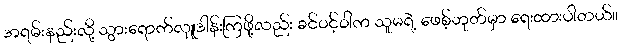
အရမ်းနည်းလို့ သွားရောက်လှူဒါန်းကြဖို့လည်း ခင်ဝင့်ဝါက သူမရဲ့ ဖေစ့်ဘုတ်မှာ ရေးထားပါတယ်။